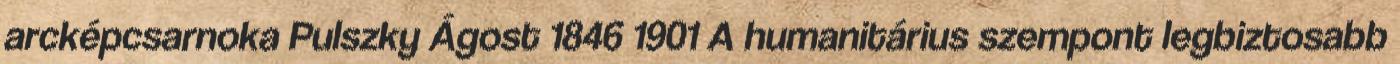
arcképcsarnoka Pulszky Ágost 1846 1901 A humanitárius szempont legbiztosabb